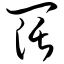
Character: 阔